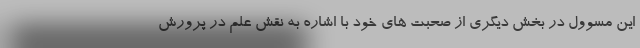
این مسوول در بخش دیگری از صحبت های خود با اشاره به نقش علم در پرورش